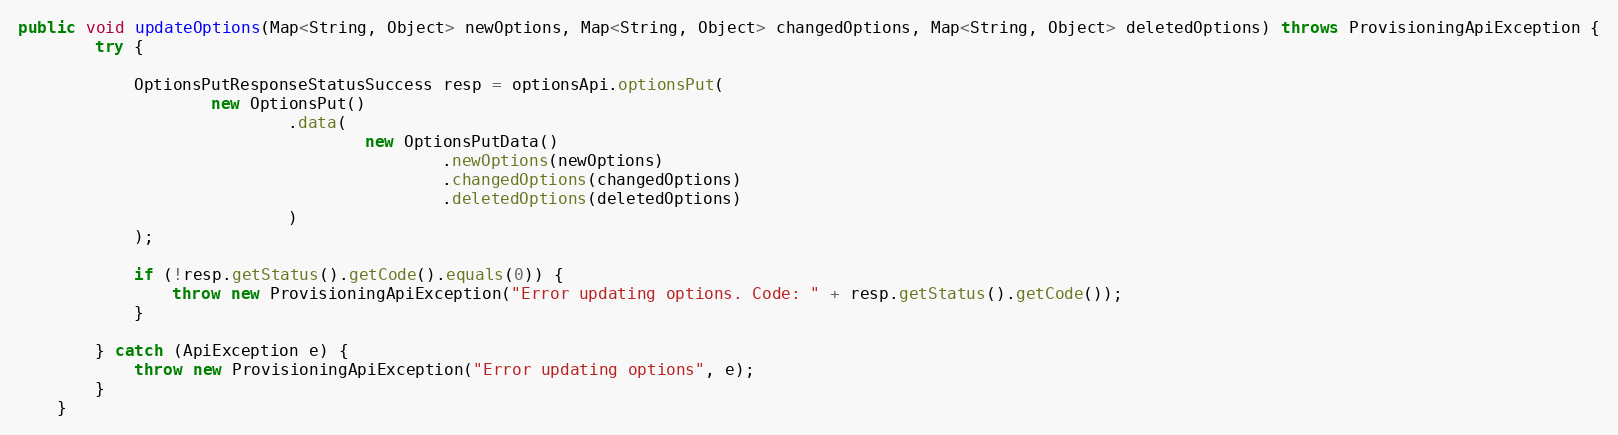
Language: Java
public void updateOptions(Map<String, Object> newOptions, Map<String, Object> changedOptions, Map<String, Object> deletedOptions) throws ProvisioningApiException {
        try {

            OptionsPutResponseStatusSuccess resp = optionsApi.optionsPut(
                    new OptionsPut()
                            .data(
                                    new OptionsPutData()
                                            .newOptions(newOptions)
                                            .changedOptions(changedOptions)
                                            .deletedOptions(deletedOptions)
                            )
            );

            if (!resp.getStatus().getCode().equals(0)) {
                throw new ProvisioningApiException("Error updating options. Code: " + resp.getStatus().getCode());
            }

        } catch (ApiException e) {
            throw new ProvisioningApiException("Error updating options", e);
        }
    }